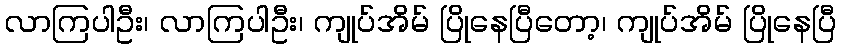
လာကြပါဦး၊ လာကြပါဦး၊ ကျုပ်အိမ် ပြိုနေပြီတော့၊ ကျုပ်အိမ် ပြိုနေပြီ